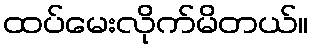
ထပ်မေးလိုက်မိတယ်။